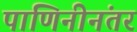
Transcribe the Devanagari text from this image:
पाणिनीनंतर